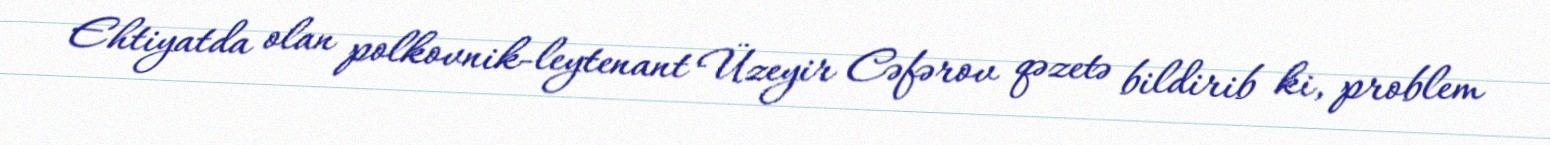
Ehtiyatda olan polkovnik-leytenant Üzeyir Cəfərov qəzetə bildirib ki, problem